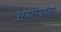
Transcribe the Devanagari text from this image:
अश्मखंड।